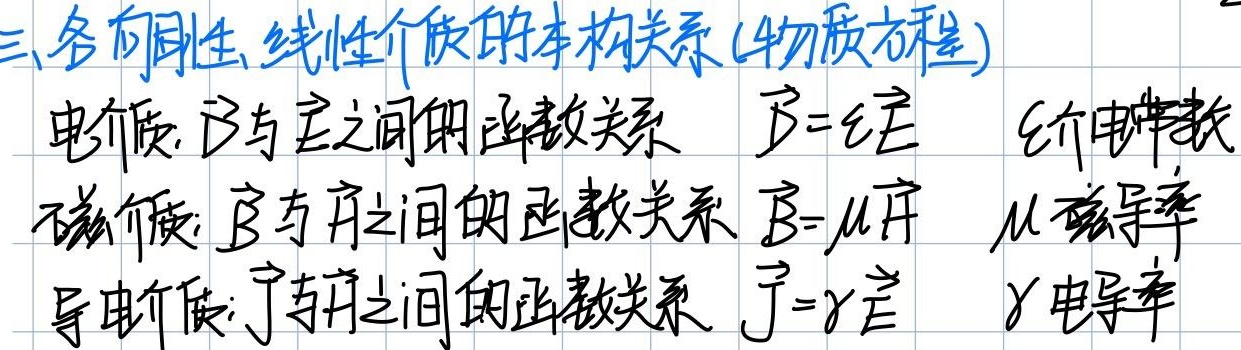
三、各向同性、线性介质的本构关系(物质方程)
电介质：$\vec{D}$与$\vec{E}$之间的函数关系 $\vec{D}=\epsilon\vec{E}$，$\epsilon$为介电常数。
磁介质：$\vec{B}$与$\vec{H}$之间的函数关系 $\vec{B}=\mu\vec{H}$，$\mu$为磁导率。
导电介质：$\vec{J}$与$\vec{E}$之间的函数关系 $\vec{J}=\gamma\vec{E}$，$\gamma$为电导率。